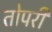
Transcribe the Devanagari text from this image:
तोपरी